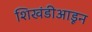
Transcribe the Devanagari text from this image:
शिखंडीआडून